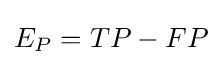
E_{P}=TP-FP